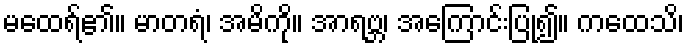
မထေရ်၏။ မာတရံ၊ အမိကို။ အာရဗ္ဘ၊ အကြောင်းပြု၍။ ကထေသိ၊